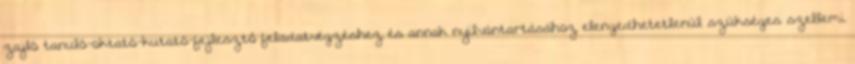
zajló tanuló-oktató-kutató-fejlesztő feladatvégzéshez és annak nyilvántartásához elengedhetetlenül szükséges szellemi